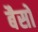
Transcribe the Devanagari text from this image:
बैसों